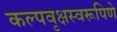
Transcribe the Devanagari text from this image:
कल्पवृक्षस्वरूपिणे